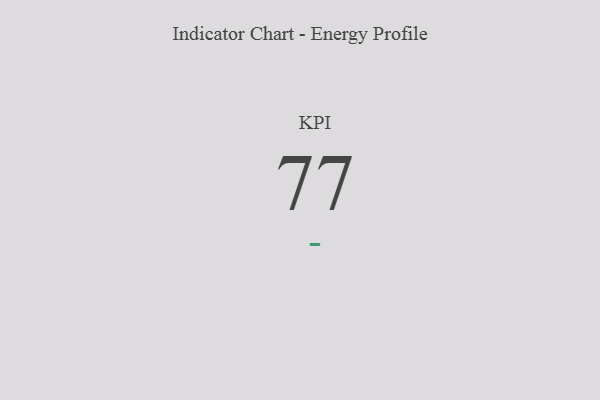
{"axis": {"x": "KPI", "y": "Value"}, "legend": [""], "data": [{"x": "KPI", "y": 77, "type": ""}]}